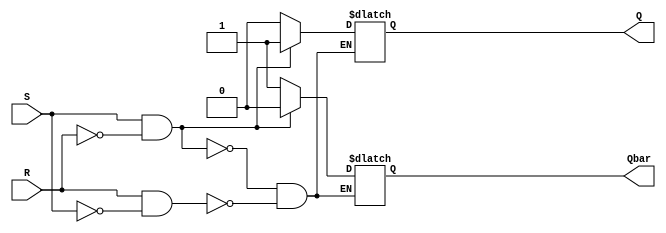
module sr_ff(input S, input R, output reg Q, output reg Qbar);

always @ (S, R)
    begin
        if (S & ~R)  // S asserted
        begin
            Q <= 1;
            Qbar <= 0;
        end
        else if (R & ~S) // R asserted
        begin
            Q <= 0;
            Qbar <= 1;
        end
        // When both S and R are low, the flip-flop holds its state
    end
endmodule